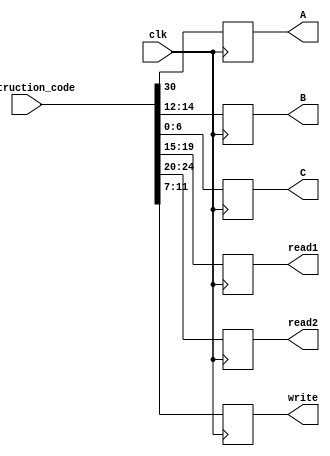
`timescale 1ns / 1ps



module IF_ID_REGISTER(
input clk,
input [31:0] Instruction_code,
output reg A,
output reg[2:0] B,
output reg[6:0] C,
output reg[4:0] read1,
output reg[4:0] read2,
output reg[4:0] write
    );
always@(posedge clk)
begin
read1=Instruction_code[19:15];
read2=Instruction_code[24:20];
write=Instruction_code[11:7];
A=Instruction_code[30];
B=Instruction_code[14:12];
C=Instruction_code[6:0];
end
endmodule